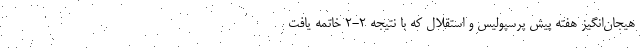
هیجان‌انگیز هفته پیش پرسپولیس و استقلال که با نتیجه 2-2 خاتمه یافت